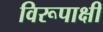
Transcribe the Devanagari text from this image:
विरूपाक्षी